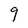
Character: 9